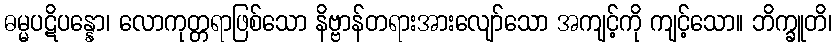
ဓမ္မပဋိပန္နော၊ လောကုတ္တရာဖြစ်သော နိဗ္ဗာန်တရားအားလျော်သော အကျင့်ကို ကျင့်သော။ ဘိက္ခူတိ၊